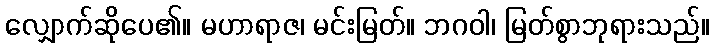
လျှောက်ဆိုပေ၏။ မဟာရာဇ၊ မင်းမြတ်။ ဘဂဝါ၊ မြတ်စွာဘုရားသည်။